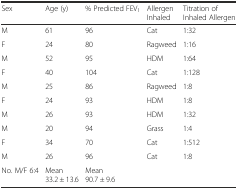
| Sex | Age (y) | % Predicted FEV1 | Allergen Inhaled | Titration of Inhaled Allergen |
 | --- | --- | --- | --- | --- |
 | M | 61 | 96 | Cat | 1:32 |
 | F | 24 | 80 | Ragweed | 1:16 |
 | M | 52 | 95 | HDM | 1:64 |
 | F | 40 | 104 | Cat | 1:128 |
 | M | 25 | 86 | Ragweed | 1:8 |
 | F | 24 | 93 | HDM | 1:8 |
 | M | 26 | 93 | HDM | 1:32 |
 | M | 20 | 94 | Grass | 1:4 |
 | F | 34 | 70 | Cat | 1:512 |
 | M | 26 | 96 | Cat | 1:8 |
 | No. M/F 6:4 | Mean 33.2 ± 13.6 | Mean 90.7 ± 9.6 |  |  |